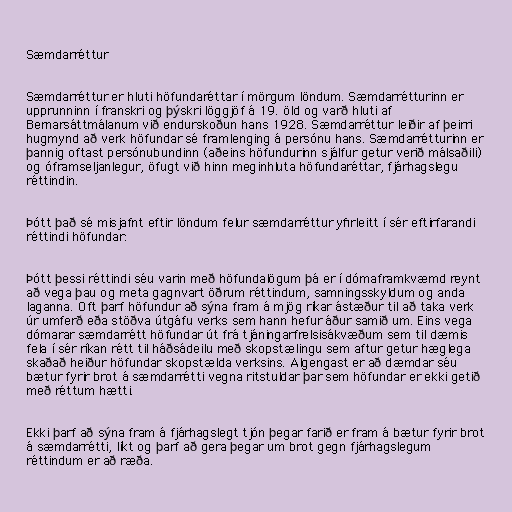
Sæmdarréttur

Sæmdarréttur er hluti höfundaréttar í mörgum löndum. Sæmdarrétturinn er
upprunninn í franskri og þýskri löggjöf á 19. öld og varð hluti af
Bernarsáttmálanum við endurskoðun hans 1928. Sæmdarréttur leiðir af þeirri
hugmynd að verk höfundar sé framlenging á persónu hans. Sæmdarrétturinn er
þannig oftast persónubundinn (aðeins höfundurinn sjálfur getur verið málsaðili)
og óframseljanlegur, öfugt við hinn meginhluta höfundaréttar, fjárhagslegu
réttindin.

Þótt það sé misjafnt eftir löndum felur sæmdarréttur yfirleitt í sér eftirfarandi
réttindi höfundar:

Þótt þessi réttindi séu varin með höfundalögum þá er í dómaframkvæmd reynt
að vega þau og meta gagnvart öðrum réttindum, samningsskyldum og anda
laganna. Oft þarf höfundur að sýna fram á mjög ríkar ástæður til að taka verk
úr umferð eða stöðva útgáfu verks sem hann hefur áður samið um. Eins vega
dómarar sæmdarrétt höfundar út frá tjáningarfrelsisákvæðum sem til dæmis
fela í sér ríkan rétt til háðsádeilu með skopstælingu sem aftur getur hæglega
skaðað heiður höfundar skopstælda verksins. Algengast er að dæmdar séu
bætur fyrir brot á sæmdarrétti vegna ritstuldar þar sem höfundar er ekki getið
með réttum hætti.

Ekki þarf að sýna fram á fjárhagslegt tjón þegar farið er fram á bætur fyrir brot
á sæmdarrétti, líkt og þarf að gera þegar um brot gegn fjárhagslegum
réttindum er að ræða.